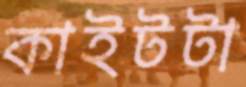
কাইটটা